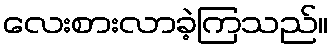
လေးစားလာခဲ့ကြသည်။